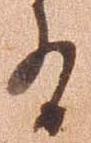
有